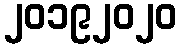
၂၀၁၉၂၀၂၀